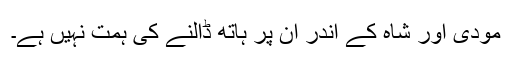
مودی اور شاہ کے اندر ان پر ہاتھ ڈالنے کی ہمت نہیں ہے۔